Burma Government Medical School reports 1923-41
Year: 1923
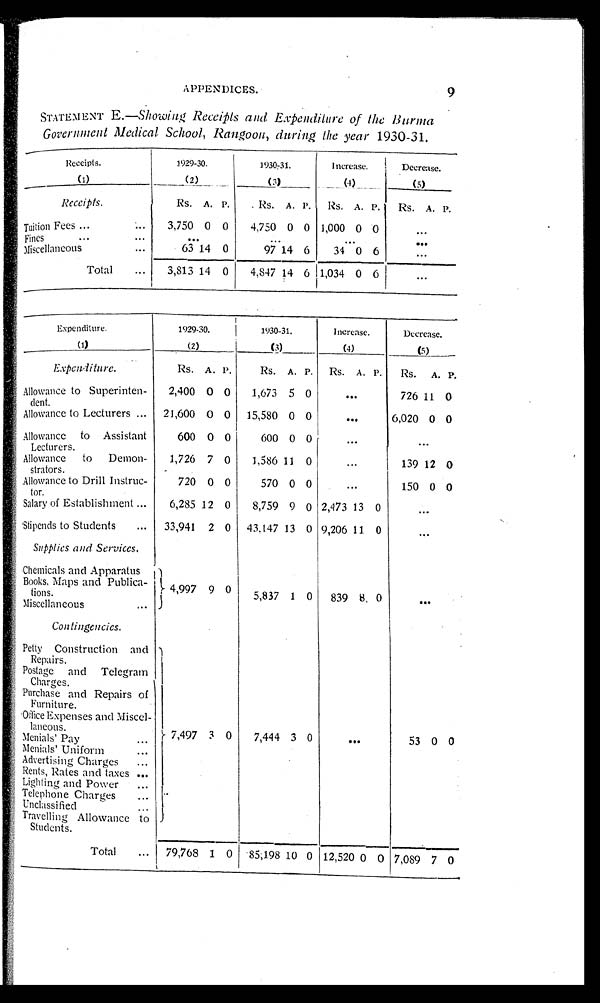
APPENDICES.
9
STATEMENT E.—Showing Receipts and Expenditure of the Burma
Government Medical School, Rangoon, during the year 1930-31.
Receipts.
( 1 )
1929-30.
(2)
1930-31.
(3)
Increase.
( 4 )
Decrease.
(5)
Receipts.
Rs. A. P.
Rs. A. P. Rs. A. P. Rs. A. P.
Tuition Fees
3,750 0 0
4,750 0 0 1,000 0 0
. . .
Fines
. . .
. . .
. . .
. . .
Miscellaneous
63 14 0
97 14 6
34 0 6
Total
3,813 14 0
4,847 14 6 1,034 0 6
. . .
Expenditure.
(1)
1929-30.
(2)
1930-31.
(3)
Increase.
(4)
Decrease.
(5)
Expenditure.
Rs. A.
P .
Rs. A. P. Rs. A. P. Rs. A. P.
Allowance to Superinten-
dent.
2,400 0 0
1,673 5 0
. . .
726 11 0
Allowance to Lecturers
21,600 0 0 15,580 0 0
. . .
6,020 0 0
Allowance to Assistant
Lecturers.
600 0 0
600 0 0
...
. . .
Allowance to Demon-
strators.
1,726 7 0
1,586
1 1
0
...
139 12 0
Allowance to Drill Instruc-
tor.
720 0 0
570 0
...
150 0 0
Salary of Establishment
6,285 12 0
8,759 9 0 2,473 13 0
. . .
Stipends to Students
33,941 2 0 43,147 13 0 9,206 11 0
. . .
Supplies and Services.
Chemicals and Apparatus
Books, Maps and Publica-
tions.
4,99
7
9 0
5,837
1 0
839 8 0
. . .
Miscellaneous
Contingencies.
Petty Construction and
Repairs.
7 , 4 9 7
3 0
7,444 3 0
. . .
53 0 0
Postage and Telegram
Charges.
Purchase and Repairs of
Furniture.
Office Expenses and Miscel-
laneous.
Menials' Pay
Menials' Uniform
Advertising Charges
Rents, Rates and taxes
Lighting and Power
Telephone Charges
Unclassified
Travelling Allowance to
Students.
Total
79,768 1 0 85,198 10 0 12,520 0 0 7,089 7 0